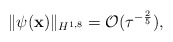
\begin{align*} \| \psi(\mathbf x) \|_{H^{1,8}} = \mathcal O(\tau^{-\frac{2}{5}}), \end{align*}